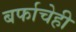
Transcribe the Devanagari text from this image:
बर्फाचेही